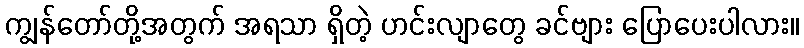
ကျွန်တော်တို့အတွက် အရသာ ရှိတဲ့ ဟင်းလျာတွေ ခင်ဗျား ပြောပေးပါလား။